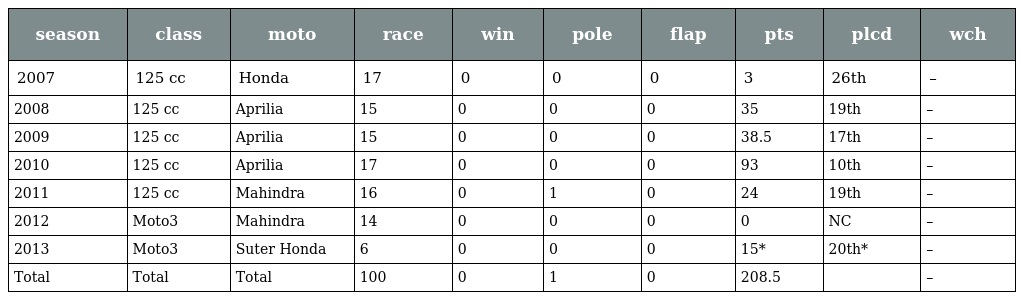
| season | class | moto | race | win | pole | flap | pts | plcd | wch |
 | --- | --- | --- | --- | --- | --- | --- | --- | --- | --- |
 | 2007 | 125 cc | Honda | 17 | 0 | 0 | 0 | 3 | 26th | – |
 | 2008 | 125 cc | Aprilia | 15 | 0 | 0 | 0 | 35 | 19th | – |
 | 2009 | 125 cc | Aprilia | 15 | 0 | 0 | 0 | 38.5 | 17th | – |
 | 2010 | 125 cc | Aprilia | 17 | 0 | 0 | 0 | 93 | 10th | – |
 | 2011 | 125 cc | Mahindra | 16 | 0 | 1 | 0 | 24 | 19th | – |
 | 2012 | Moto3 | Mahindra | 14 | 0 | 0 | 0 | 0 | NC | – |
 | 2013 | Moto3 | Suter Honda | 6 | 0 | 0 | 0 | 15* | 20th* | – |
 | Total | Total | Total | 100 | 0 | 1 | 0 | 208.5 |  | – |